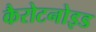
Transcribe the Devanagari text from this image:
कैरोटनोइड